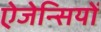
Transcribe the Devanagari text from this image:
ऐजेन्सियों